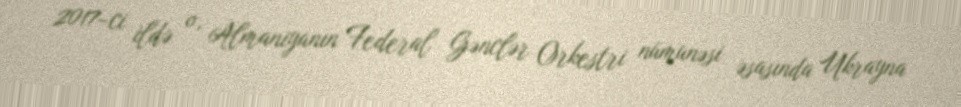
2017-ci ildə o, Almaniyanın Federal Gənclər Orkestri nümunəsi əsasında Ukrayna